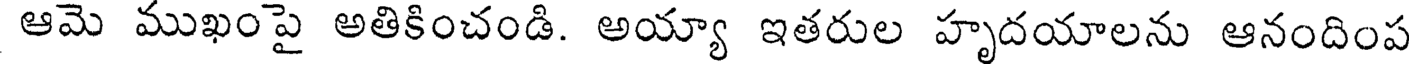
ఆమె ముఖంపై అతికించండి. అయ్యా ఇతరుల హృదయాలను ఆనందింప